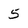
Character: 5